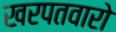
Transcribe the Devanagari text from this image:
खरपतवारो